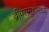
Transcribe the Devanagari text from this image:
द्वीपसमूहांमध्ये